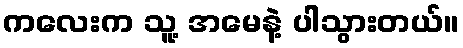
ကလေးက သူ့ အမေနဲ့ ပါသွားတယ်။